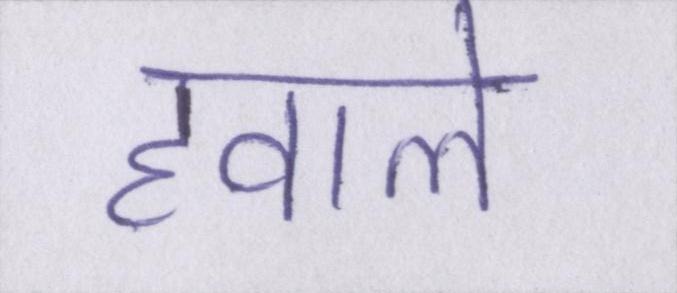
हवाले